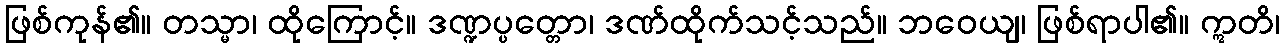
ဖြစ်ကုန်၏။ တသ္မာ၊ ထိုကြောင့်။ ဒဏ္ဍပ္ပတ္တော၊ ဒဏ်ထိုက်သင့်သည်။ ဘဝေယျ၊ ဖြစ်ရာပါ၏။ ဣတိ၊